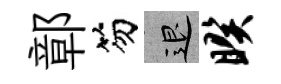
鄣笏退暌